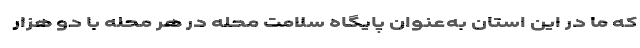
که ما در این استان به‌عنوان پایگاه سلامت محله در هر محله با دو هزار